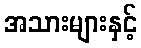
အသားများနှင့်